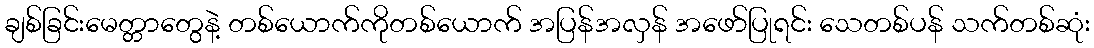
ချစ်ခြင်းမေတ္တာတွေနဲ့ တစ်ယောက်ကိုတစ်ယောက် အပြန်အလှန် အဖော်ပြုရင်း သေတစ်ပန် သက်တစ်ဆုံး